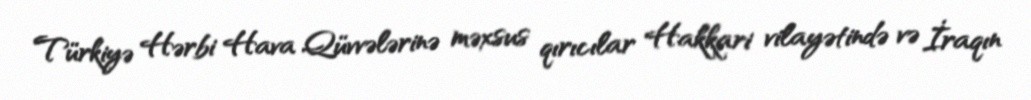
Türkiyə Hərbi Hava Qüvvələrinə məxsus qırıcılar Hakkari vilayətində və İraqın